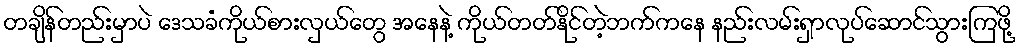
တချိန်တည်းမှာပဲ ဒေသခံကိုယ်စားလှယ်တွေ အနေနဲ့ ကိုယ်တတ်နိုင်တဲ့ဘက်ကနေ နည်းလမ်းရှာလုပ်ဆောင်သွားကြဖို့